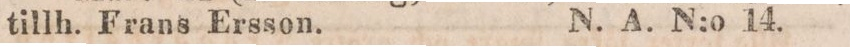
tillh. Frans Ersson.    N. A. N:o 14.